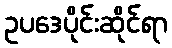
ဥပဒေပိုင်းဆိုင်ရာ